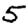
Digit: 5